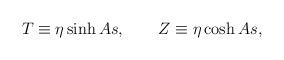
LaTeX: \begin{align*}T\equiv \eta \sinh As,\qquad Z\equiv \eta \cosh As, \end{align*}